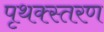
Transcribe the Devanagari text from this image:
पृथक्स्तरण